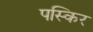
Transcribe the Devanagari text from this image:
पस्किर